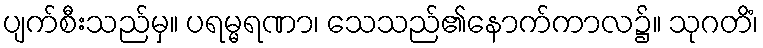
ပျက်စီးသည်မှ။ ပရမ္မရဏာ၊ သေသည်၏နောက်ကာလ၌။ သုဂတိံ၊